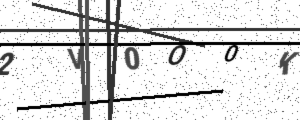
Text: 2V0O0K